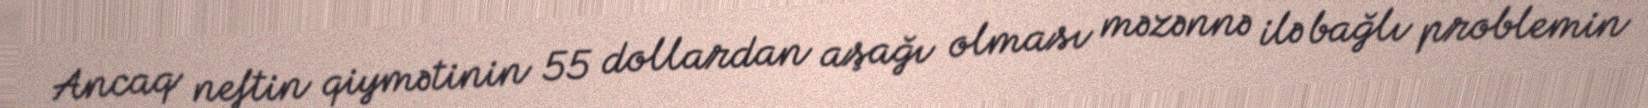
Ancaq neftin qiymətinin 55 dollardan aşağı olması məzənnə ilə bağlı problemin